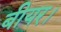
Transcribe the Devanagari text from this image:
बीयर।